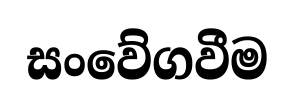
සංවේගවීම